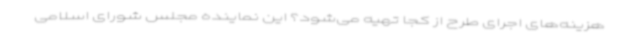
هزینه‌های اجرای طرح از کجا تهیه می‌شود؟ این نماینده مجلس شورای اسلامی